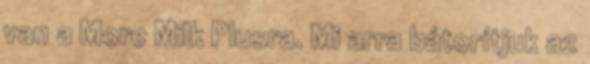
van a More Milk Plusra. Mi arra bátorítjuk az